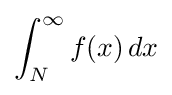
\int _{N}^{\infty }f(x)\,dx